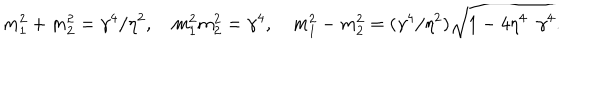
m _ { 1 } ^ { 2 } + m _ { 2 } ^ { 2 } = \gamma ^ { 4 } / \eta ^ { 2 } , \quad m _ { 1 } ^ { 2 } m _ { 2 } ^ { 2 } = \gamma ^ { 4 } , \quad m _ { 1 } ^ { 2 } - m _ { 2 } ^ { 2 } = ( \gamma ^ { 4 } / \eta ^ { 2 } ) \sqrt { 1 - 4 \eta ^ { 4 } / \gamma ^ { 4 } } .